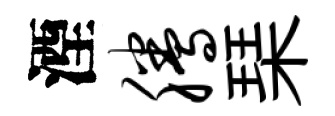
湮腾琹